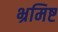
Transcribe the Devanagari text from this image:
भ्रमिष्ट